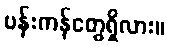
ပန်းကန်တွေရှိလား။